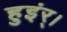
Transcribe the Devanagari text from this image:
हुइंर्।